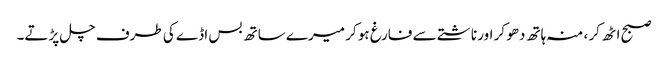
صبح اٹھ کر ، منہ ہاتھ دھو کر اور ناشتے سے فارغ ہو کر میرے ساتھ بس اڈے کی طرف چل پڑتے۔